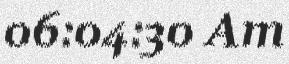
06:04:30 Am